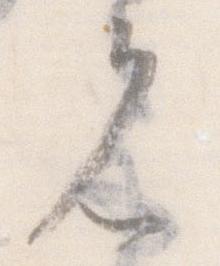
見